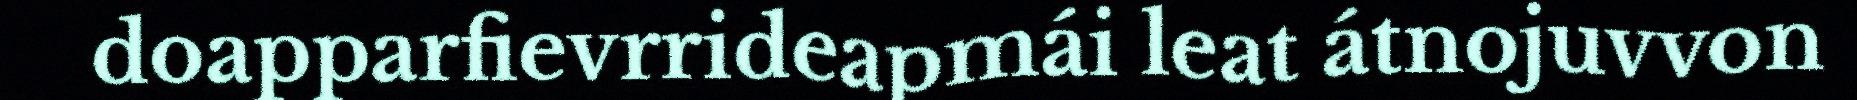
doapparfievrrideapmái leat átnojuvvon